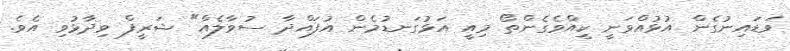
ވަޑައިނުގެން އުޅުއްވަނީ ކީއްވެގެންތޯ މިއީ އަޅުގަނޑުމެން އުފައްދާ ސުވާލެއް" ޝަރީފް ވިދާޅުވި އެވެ.